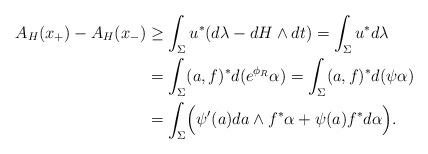
LaTeX: \begin{align*} A_H(x_+)-A_H(x_-) &\geq \int_{\Sigma}u^*(d\lambda-dH\wedge dt) = \int_{\Sigma}u^*d\lambda\cr &= \int_{\Sigma}(a,f)^*d(e^{\phi_R}\alpha) = \int_{\Sigma}(a,f)^*d(\psi\alpha)\cr &= \int_{\Sigma}\Bigl(\psi'(a)da\wedge f^*\alpha+\psi(a)f^*d\alpha\Bigr).\end{align*}